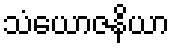
သံယောဇနိယာ